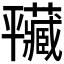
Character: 𢆮